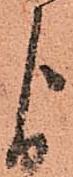
よ